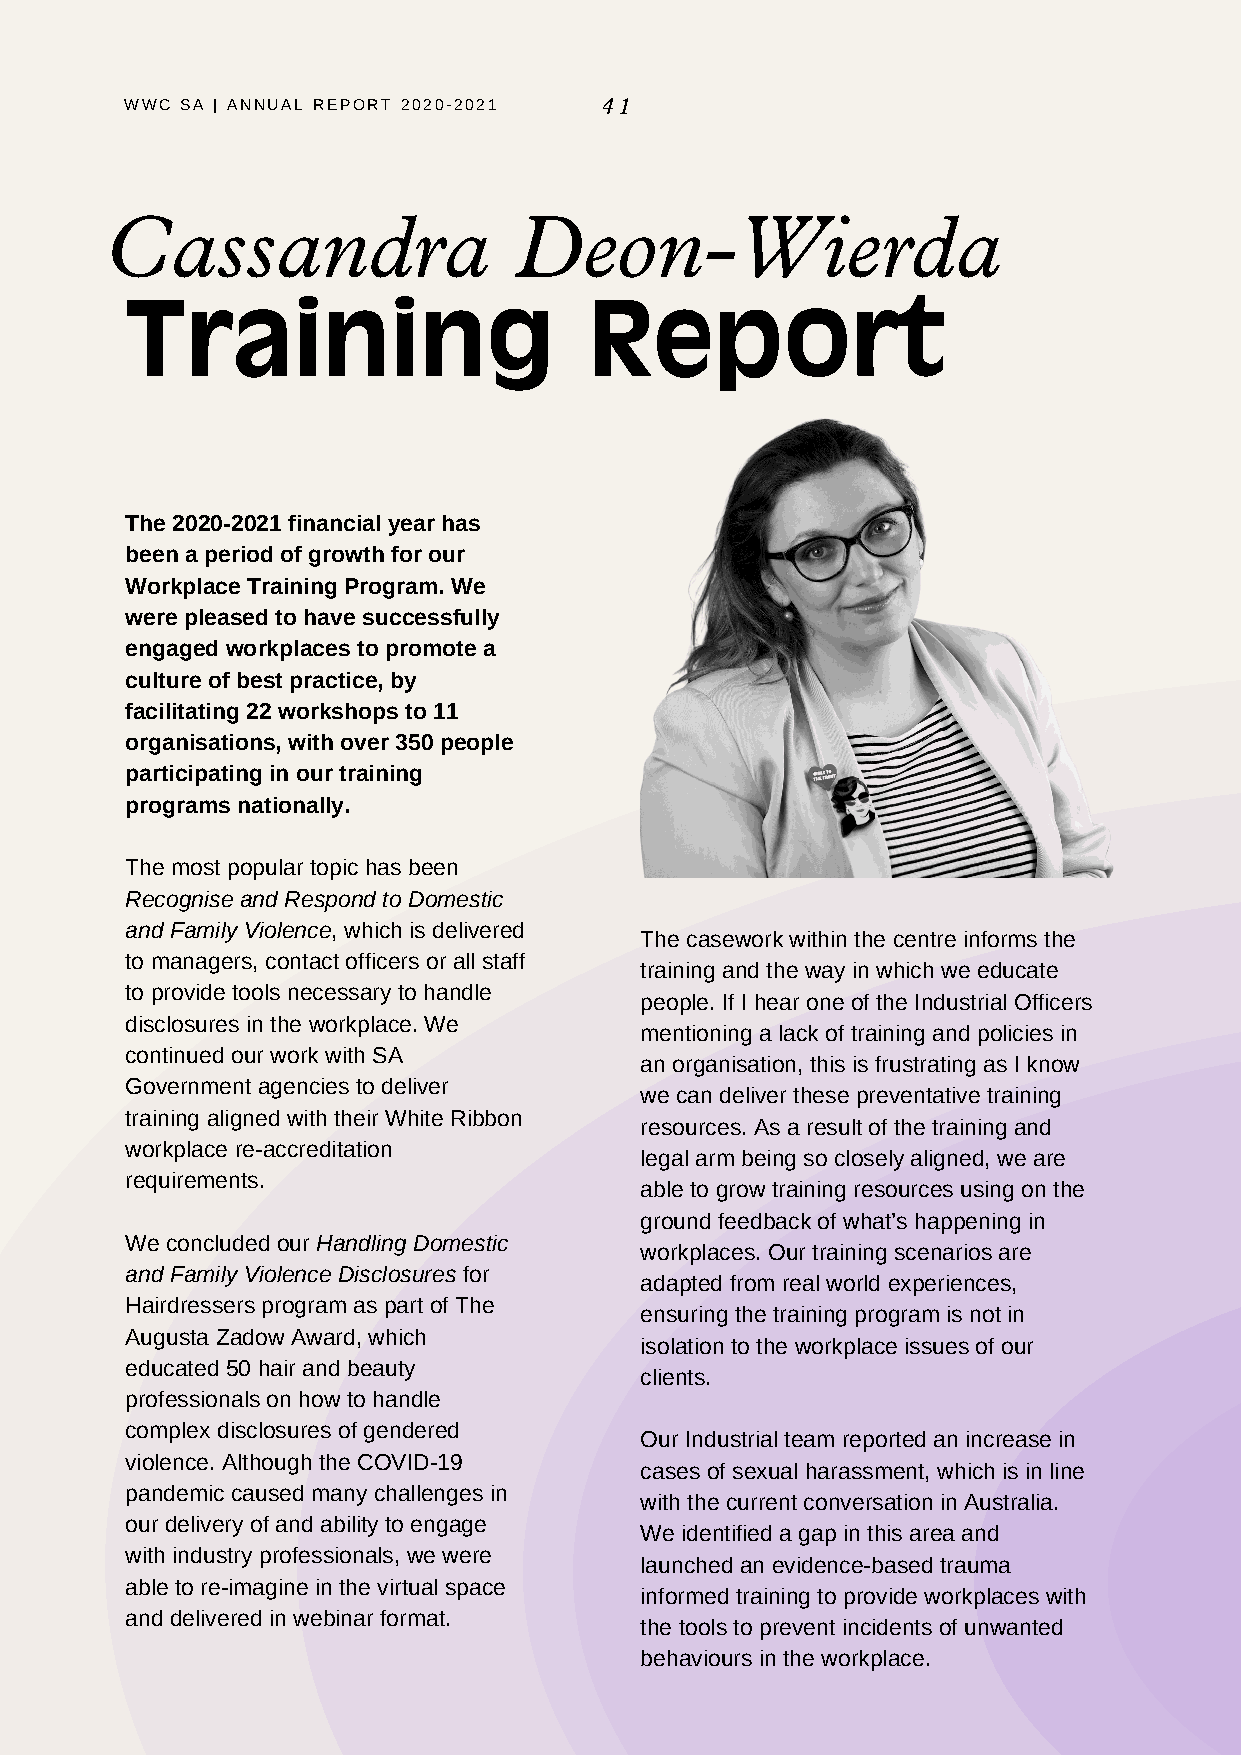
WWC SA | ANNUAL REPORT 2020-2021 41
 Cassandra                  Deon-Wierda
 Training                       Report
 The 2020-2021 financial year has
 been a period of growth for our
 Workplace Training Program. We
 were pleased to have successfully
 engaged workplaces to promote a
 culture of best practice, by
 facilitating 22 workshops to 11
 organisations, with over 350 people
 participating in our training
 programs nationally.
 The most popular topic has been
 Recognise and Respond to Domestic
 and Family Violence, which is delivered
 The casework within the centre informs the
 to managers, contact officers or all staff
 training and the way in which we educate
 to provide tools necessary to handle
 people. If I hear one of the Industrial Officers
 disclosures in the workplace. We
 mentioning a lack of training and policies in
 continued our work with SA
 an organisation, this is frustrating as I know
 Government agencies to deliver
 we can deliver these preventative training
 training aligned with their White Ribbon
 resources. As a result of the training and
 workplace re-accreditation
 legal arm being so closely aligned, we are
 requirements.
 able to grow training resources using on the
 ground feedback of what’s happening in
 We concluded our Handling Domestic
 workplaces. Our training scenarios are
 and Family Violence Disclosures for
 adapted from real world experiences,
 Hairdressers program as part of The
 ensuring the training program is not in
 Augusta Zadow Award, which
 isolation to the workplace issues of our
 educated 50 hair and beauty
 clients.
 professionals on how to handle
 complex disclosures of gendered
 Our Industrial team reported an increase in
 violence. Although the COVID-19
 cases of sexual harassment, which is in line
 pandemic caused many challenges in
 with the current conversation in Australia.
 our delivery of and ability to engage
 We identified a gap in this area and
 with industry professionals, we were
 launched an evidence-based trauma
 able to re-imagine in the virtual space
 informed training to provide workplaces with
 and delivered in webinar format.
 the tools to prevent incidents of unwanted
 behaviours in the workplace.